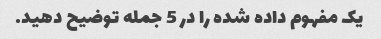
یک مفهوم داده شده را در 5 جمله توضیح دهید.